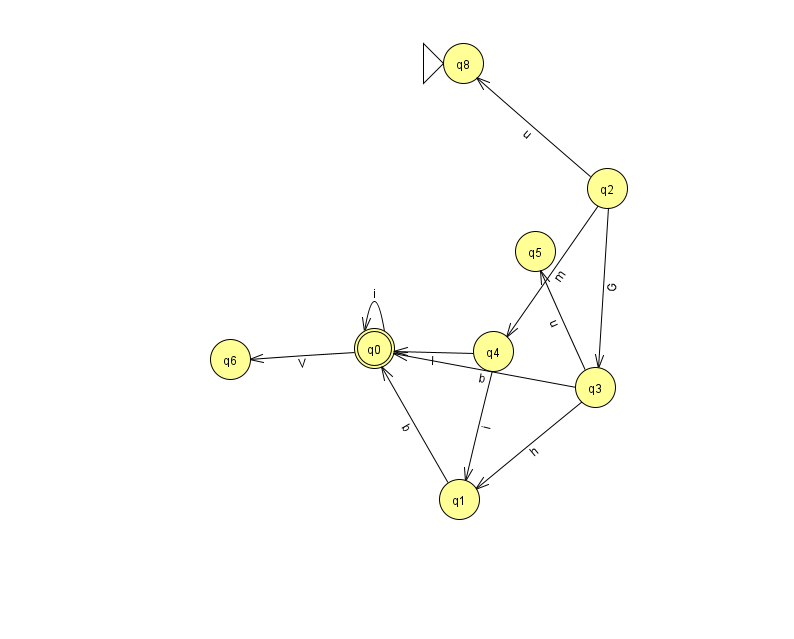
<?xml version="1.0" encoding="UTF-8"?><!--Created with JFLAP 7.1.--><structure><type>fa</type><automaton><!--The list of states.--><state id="0" name="q0"><x>374.0</x><y>335.0</y><final/></state><state id="1" name="q1"><x>459.0</x><y>486.0</y></state><state id="2" name="q2"><x>607.0</x><y>175.0</y></state><state id="3" name="q3"><x>595.0</x><y>374.0</y></state><state id="4" name="q4"><x>493.0</x><y>338.0</y></state><state id="5" name="q5"><x>535.0</x><y>238.0</y></state><state id="6" name="q6"><x>230.0</x><y>346.0</y></state><state id="8" name="q8"><x>463.0</x><y>50.0</y><initial/></state><!--The list of transitions.--><transition><from>2</from><to>3</to><read>G</read></transition><transition><from>3</from><to>0</to><read>b</read></transition><transition><from>4</from><to>1</to><read>i</read></transition><transition><from>2</from><to>8</to><read>u</read></transition><transition><from>3</from><to>1</to><read>h</read></transition><transition><from>0</from><to>0</to><read>i</read></transition><transition><from>4</from><to>0</to><read>l</read></transition><transition><from>3</from><to>5</to><read>u</read></transition><transition><from>2</from><to>4</to><read>m</read></transition><transition><from>0</from><to>6</to><read>V</read></transition><transition><from>1</from><to>0</to><read>b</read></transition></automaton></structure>